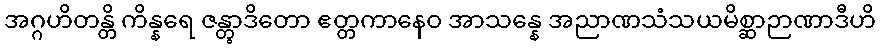
အဂ္ဂဟိတန္တိ ကိန္နရေ ဇန္တွာဒိတော ဧတ္တကာနေဝ အာသန္နေ အညာဏသံသယမိစ္ဆာဉာဏာဒီဟိ